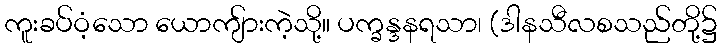
ကူးခပ်ဝံ့သော ယောကျ်ားကဲ့သို့။ ပက္ခန္ဒနရသာ၊ (ဒါနသီလစသည်တို့၌